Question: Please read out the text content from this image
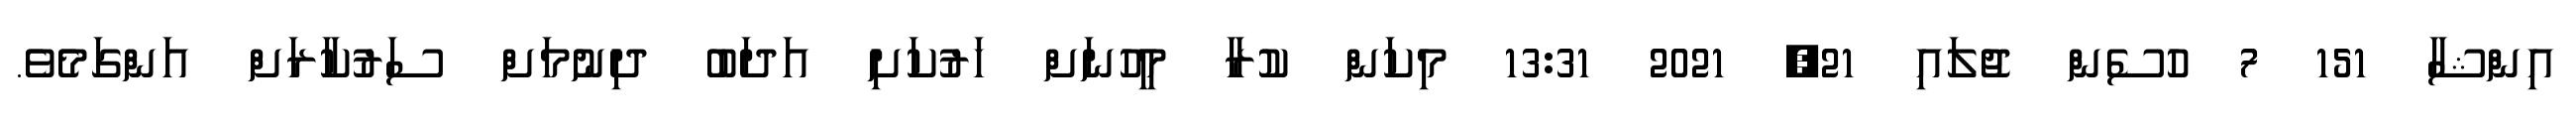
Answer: އިންޝާ 151 7 ހުސެން ޖުލައި 21, 2021 13:31 މިކަން ކުރާ މީހުނަށް ހަރުކަށި އަދަބު ދިނުމަށް ސަރުކާރަށް އަންގަމެވެ.